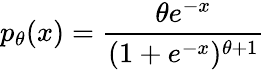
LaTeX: p_{\theta}(x)={\frac{\theta e^{-x}}{(1+e^{-x})^{\theta+1}}}